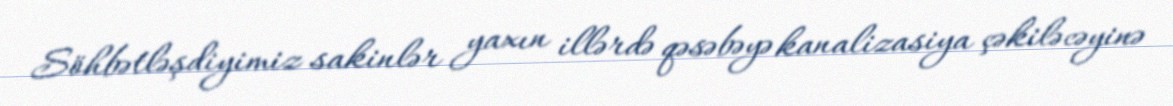
Söhbətləşdiyimiz sakinlər yaxın illərdə qəsəbəyə kanalizasiya çəkiləcəyinə